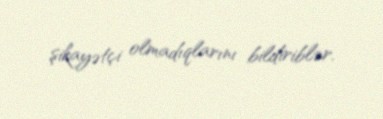
şikayətçi olmadıqlarını bildiriblər.